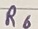
Text: R6